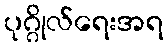
ပုဂ္ဂိုလ်ရေးအရ